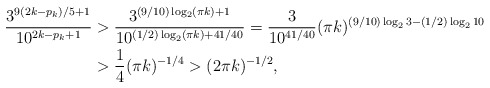
\begin{align*}\frac{3^{9(2k-p_k)/5+1}}{10^{2k-p_k+1}}& > \frac{3^{(9/10)\log_2(\pi k)+1}}{10^{(1/2)\log_2(\pi k)+41/40}}= \frac{3}{10^{41/40}} (\pi k)^{(9/10)\log_2 3 - (1/2)\log_2 10} \\& > \frac{1}{4} (\pi k)^{-1/4} > (2\pi k)^{-1/2},\end{align*}